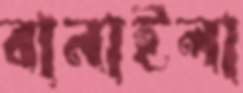
বানাইলা